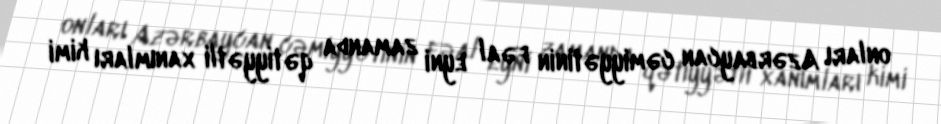
onları Azərbaycan cəmiyyətinin fəal eyni zamanda qətiyyətli xanımları kimi